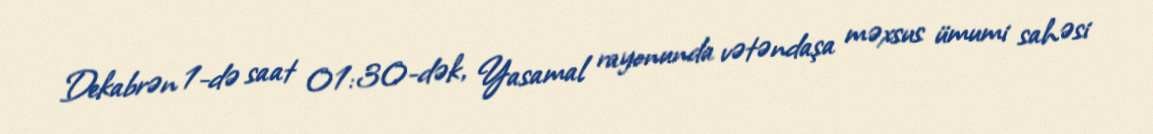
Dekabrən 1-də saat 01:30-dək, Yasamal rayonunda vətəndaşa məxsus ümumi sahəsi